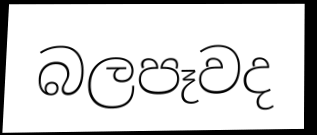
බලපෑවද